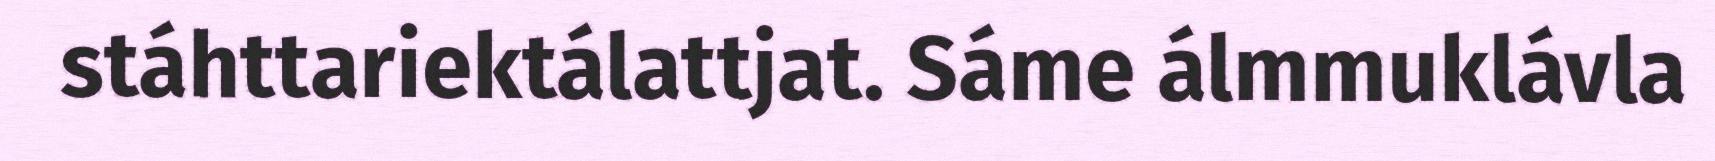
stáhttariektálattjat. Sáme álmmuklávla